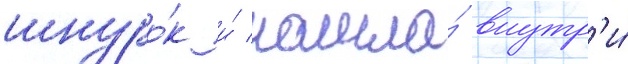
шнуро́к и́ нашла́ внутр'и́